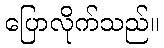
ပြောလိုက်သည်။